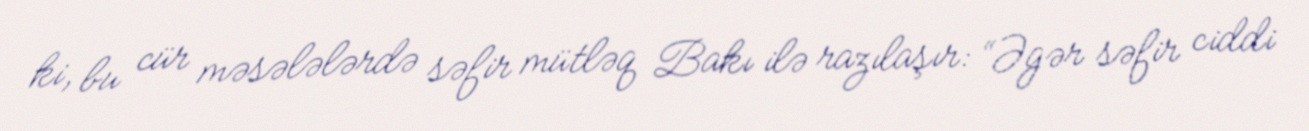
ki, bu cür məsələlərdə səfir mütləq Bakı ilə razılaşır: “Əgər səfir ciddi